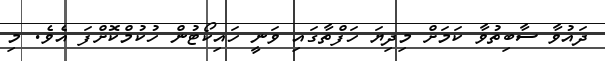
ދައުވާ ސާބިތުވާ ކަމަށް މިދިޔަ ހަފްތާގައި ވަނީ ހައިކޯޓުން ހުކުމްކޮށްފަ އެވެ. މި